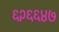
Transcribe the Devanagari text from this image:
६२६६४७